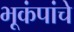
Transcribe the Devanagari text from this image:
भूकंपांचे